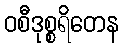
ဝစီဒုစ္စရိတေန